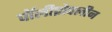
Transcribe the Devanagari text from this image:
पॉलीप्रोपलीन